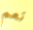
نعم